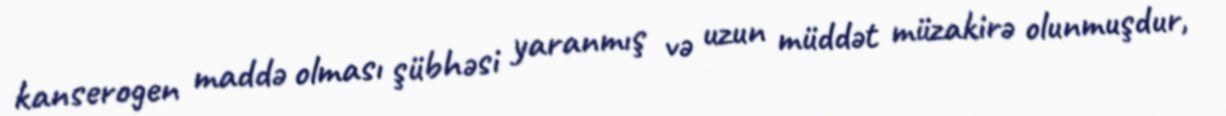
kanserogen maddə olması şübhəsi yaranmış və uzun müddət müzakirə olunmuşdur,